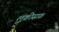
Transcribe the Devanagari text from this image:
लूक्रीसफ़